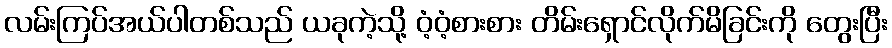
လမ်းကြပ်အယ်ပါတစ်သည် ယခုကဲ့သို့ ဝံ့ဝံ့စားစား တိမ်းရှောင်လိုက်မိခြင်းကို တွေးပြီး